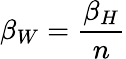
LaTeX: \beta_{W}=\frac{\beta_{H}}{n}